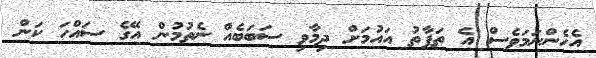
އެހެންނަމަވެސް އެ ތަފާތު އައުމަށް ދިމާވި ސަބަބެއް ނެތުމުން އޭގެ ސައްހަ ކަން